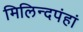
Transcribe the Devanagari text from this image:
मिलिन्दपंहां